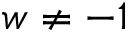
w \neq - 1